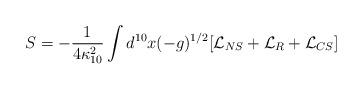
LaTeX: \begin{align*}S=-\frac{1}{4\kappa_{10}^2}\int d^{10}x(-g)^{1/2}[\mathcal{L}_{NS}+\mathcal{L}_R+\mathcal{L}_{CS}]\end{align*}